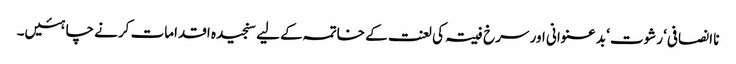
نا انصافی‘ رشوت‘ بد عنوانی اور سرخ فیتہ کی لعنت کے خاتمہ کے لیے سنجیدہ اقدامات کرنے چاہئیں۔